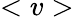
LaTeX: <v>